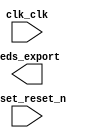

module nios_system (
	clk_clk,
	leds_export,
	reset_reset_n);	

	input		clk_clk;
	output	[7:0]	leds_export;
	input		reset_reset_n;
endmodule